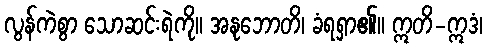
လွန်ကဲစွာ သောဆင်းရဲကို။ အနုဘောတိ၊ ခံရရှာ၏။ ဣတိ-ဣဒံ၊